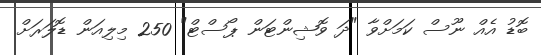
ބޮޑު އެއް ނޫސް ކަމަށްވާ "ދަ ވޮޝިންޓަން ޕޯސްޓް" 250 މިލިއަން ޑޮލަރަށް